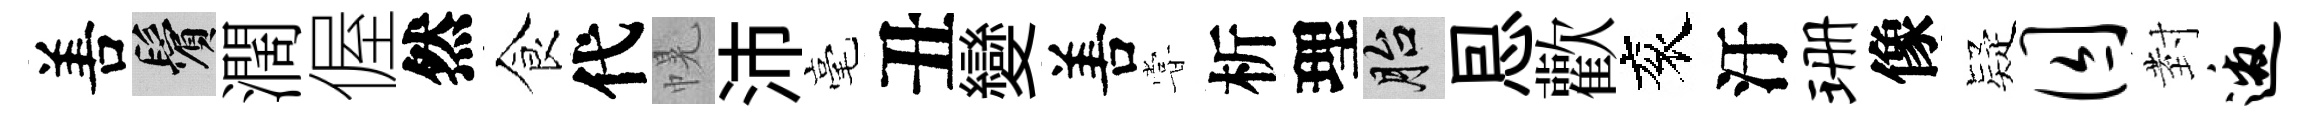
𠵊鬢濶偓然食代幌沛毫丑變𠵊甞析理胎㤙歡衮汙珊像疑囚𭔹邀